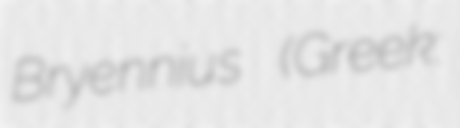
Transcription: Bryennius (Greek: